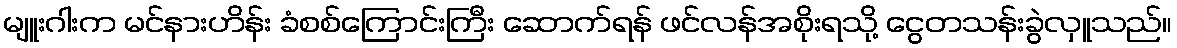
မျူးဂါးက မင်နားဟိန်း ခံစစ်ကြောင်းကြီး ဆောက်ရန် ဖင်လန်အစိုးရသို့ ငွေတသန်းခွဲလှူသည်။